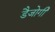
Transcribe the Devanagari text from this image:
डैजोगी